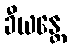
ခီယန္တေ